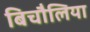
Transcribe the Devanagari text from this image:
बिचौलिया